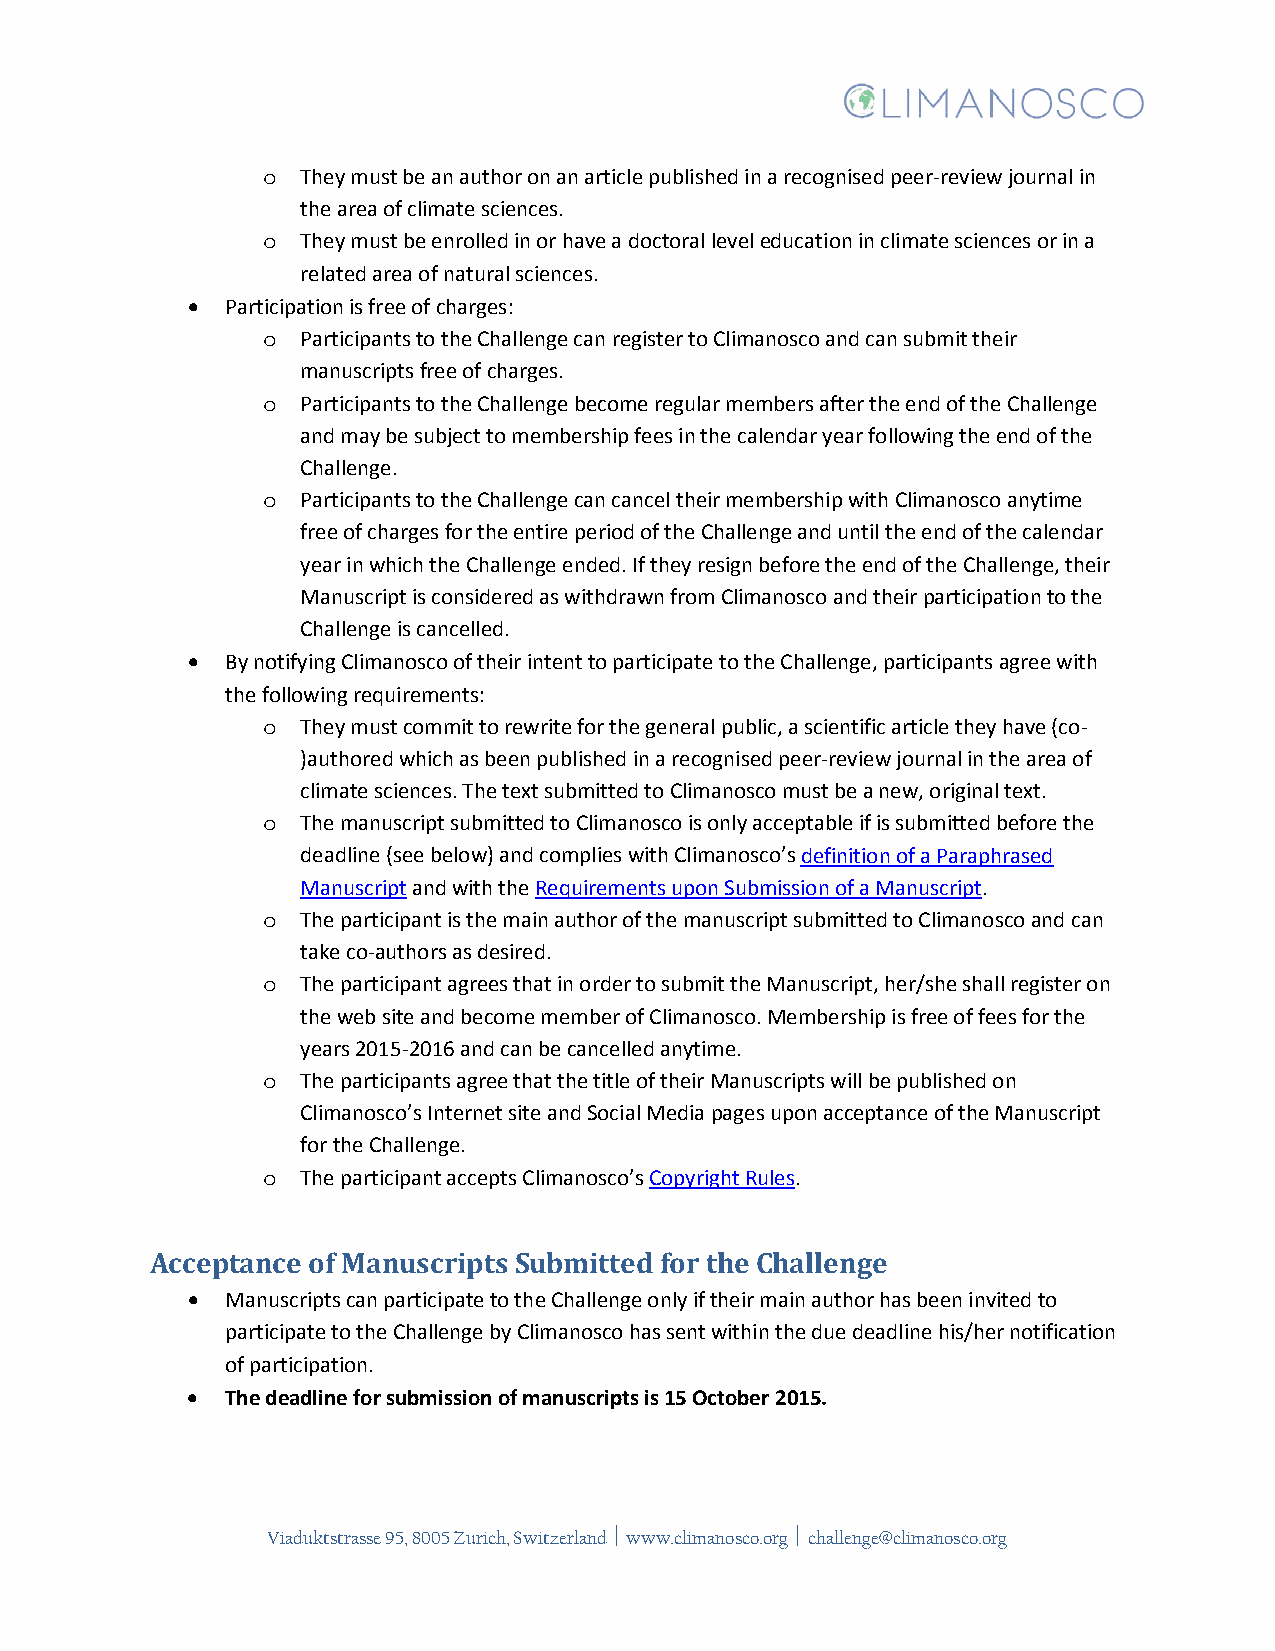
They must be an author on an article published in a recognised peer-review journal in
 o
 the area of climate sciences.
 They must be enrolled in or have a doctoral level education in climate sciences or in a
 o
 related area of natural sciences.
 •  Participation is free of charges:
 Participants to the Challenge can register to Climanosco and can submit their
 o
 manuscripts free of charges.
 Participants to the Challenge become regular members after the end of the Challenge
 o
 and may be subject to membership fees in the calendar year following the end of the
 Challenge.
 Participants to the Challenge can cancel their membership with Climanosco anytime
 o
 free of charges for the entire period of the Challenge and until the end of the calendar
 year in which the Challenge ended. If they resign before the end of the Challenge, their
 Manuscript is considered as withdrawn from Climanosco and their participation to the
 Challenge is cancelled.
 •  By notifying Climanosco of their intent to participate to the Challenge, participants agree with
 the following requirements:
 They must commit to rewrite for the general public, a scientific article they have (co-
 o
 )authored which as been published in a recognised peer-review journal in the area of
 climate sciences. The text submitted to Climanosco must be a new, original text.
 The manuscript submitted to Climanosco is only acceptable if is submitted before the
 o
 deadline (see below) and complies with Climanosco’s definition of a Paraphrased
 Manuscript and with the Requirements upon Submission of a Manuscript.
 The participant is the main author of the manuscript submitted to Climanosco and can
 o
 take co-authors as desired.
 The participant agrees that in order to submit the Manuscript, her/she shall register on
 o
 the web site and become member of Climanosco. Membership is free of fees for the
 years 2015-2016 and can be cancelled anytime.
 The participants agree that the title of their Manuscripts will be published on
 o
 Climanosco’s Internet site and Social Media pages upon acceptance of the Manuscript
 for the Challenge.
 The participant accepts Climanosco’s Copyright Rules.
 o
 Acceptance of Manuscripts Submitted for the Challenge
 •  Manuscripts can participate to the Challenge only if their main author has been invited to
 participate to the Challenge by Climanosco has sent within the due deadline his/her notification
 of participation.
 •  The deadline for submission of manuscripts is 15 October 2015.
 Viaduktstrasse 95, 8005 Zurich, Switzerland  www.climanosco.org  challenge@climanosco.org